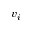
v _ { i }